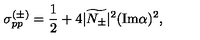
\sigma _ { p p } ^ { ( \pm ) } = \frac 1 2 + 4 | \widetilde { N _ { \pm } } | ^ { 2 } ( \mathrm { I m } \alpha ) ^ { 2 } ,